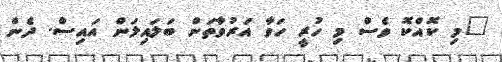
"މި ކޮއްކޮ ވެސް މި ހުރީ ހަވާ އަރުވާތަން ބަލައިލަން އައިސް. ދެން